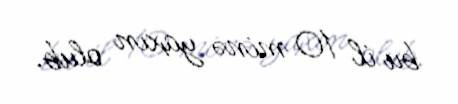
bu il 10 minə yaxın olub.